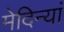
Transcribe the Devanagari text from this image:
मेदिन्यां